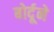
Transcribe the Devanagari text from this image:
बोर्दूने